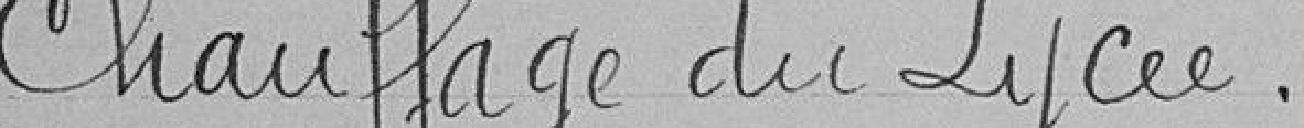
Chauffage du Lycée